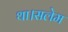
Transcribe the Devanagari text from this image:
था।सलेम